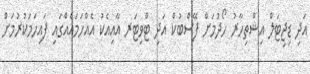
އަދި ޑިޖިޓަލް އިޝްތިހާރު ހޯދުމަށް ފޭސްބުކް އަދި ޓްވިޓަރ އާއިއެކު އެއްހަމައެއްގައި ފައިހަމަކުރުމަށް